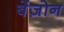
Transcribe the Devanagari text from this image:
बेंज़ोन